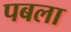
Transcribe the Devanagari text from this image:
पबला